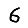
Digit: 6